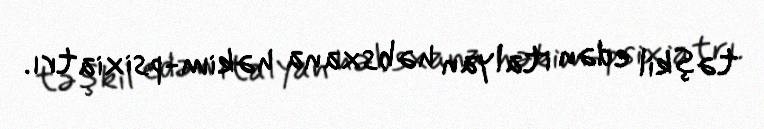
təşkil edən italyan həbsxana həkim-psixiatrı.